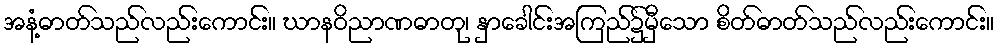
အနံ့ဓာတ်သည်လည်းကောင်း။ ဃာနဝိညာဏဓာတု၊ နှာခေါင်းအကြည်၌မှီသော စိတ်ဓာတ်သည်လည်းကောင်း။